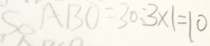
S _ { \Delta } A B O = 3 0 : 3 \times 1 = 1 0